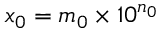
x _ { 0 } = m _ { 0 } \times 1 0 ^ { n _ { 0 } }